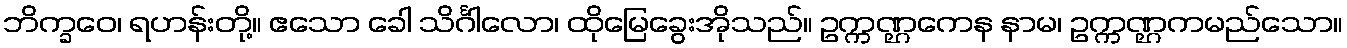
ဘိက္ခဝေ၊ ရဟန်းတို့။ ဧသော ခေါ သိင်္ဂါလော၊ ထိုမြေခွေးအိုသည်။ ဥက္ကဏ္ဌကေန နာမ၊ ဥက္ကဏ္ဌကမည်သော။